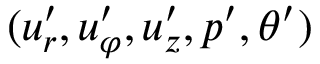
( u _ { r } ^ { \prime } , u _ { \varphi } ^ { \prime } , u _ { z } ^ { \prime } , p ^ { \prime } , \theta ^ { \prime } )